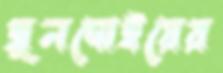
জুনদোইয়ের